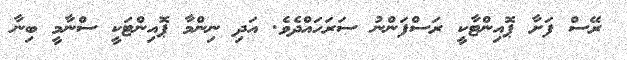
ރޭސް ފަށާ ޕޮއިންޓާކީ ރަސްފަންނު ސަރަހައްދެވެ. އަދި ނިންމާ ޕޮއިންޓަކީ ސްނާމީ ބިނާ